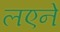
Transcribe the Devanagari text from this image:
लएने